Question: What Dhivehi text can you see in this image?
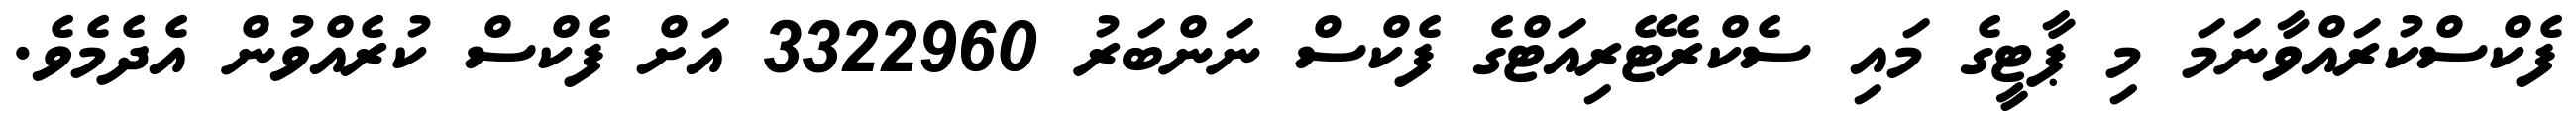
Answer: ފެކްސްކުރައްވާނަމަ މި ޕާޓީގެ މައި ސެކްރެޓޭރިއަޓްގެ ފެކްސް ނަންބަރު 3322960 އަށް ފެކްސް ކުރެއްވުން އެދެމެވެ.